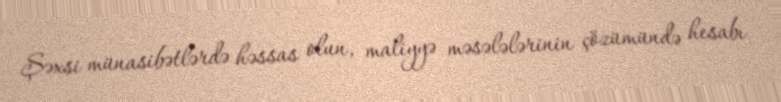
Şəxsi münasibətlərdə həssas olun, maliyyə məsələlərinin çözümündə hesabı